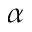
\alpha